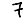
Digit: 7